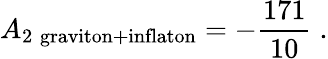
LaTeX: A_{2\; \mathrm{graviton}+\mathrm{inflaton}}=-{\frac{171}{10}}\; .